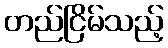
တည်ငြိမ်သည့်